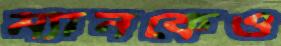
ম্যানকেও